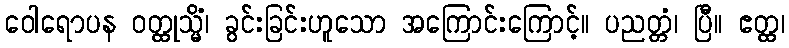
ဝေါရောပန ဝတ္ထုသ္မိံ၊ ခွင်းခြင်းဟူသော အကြောင်းကြောင့်။ ပညတ္တံ၊ ပြီ။ ဧတ္ထ၊